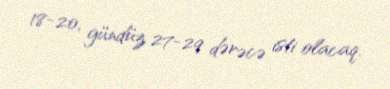
18-20, gündüz 27-29 dərəcə isti olacaq.